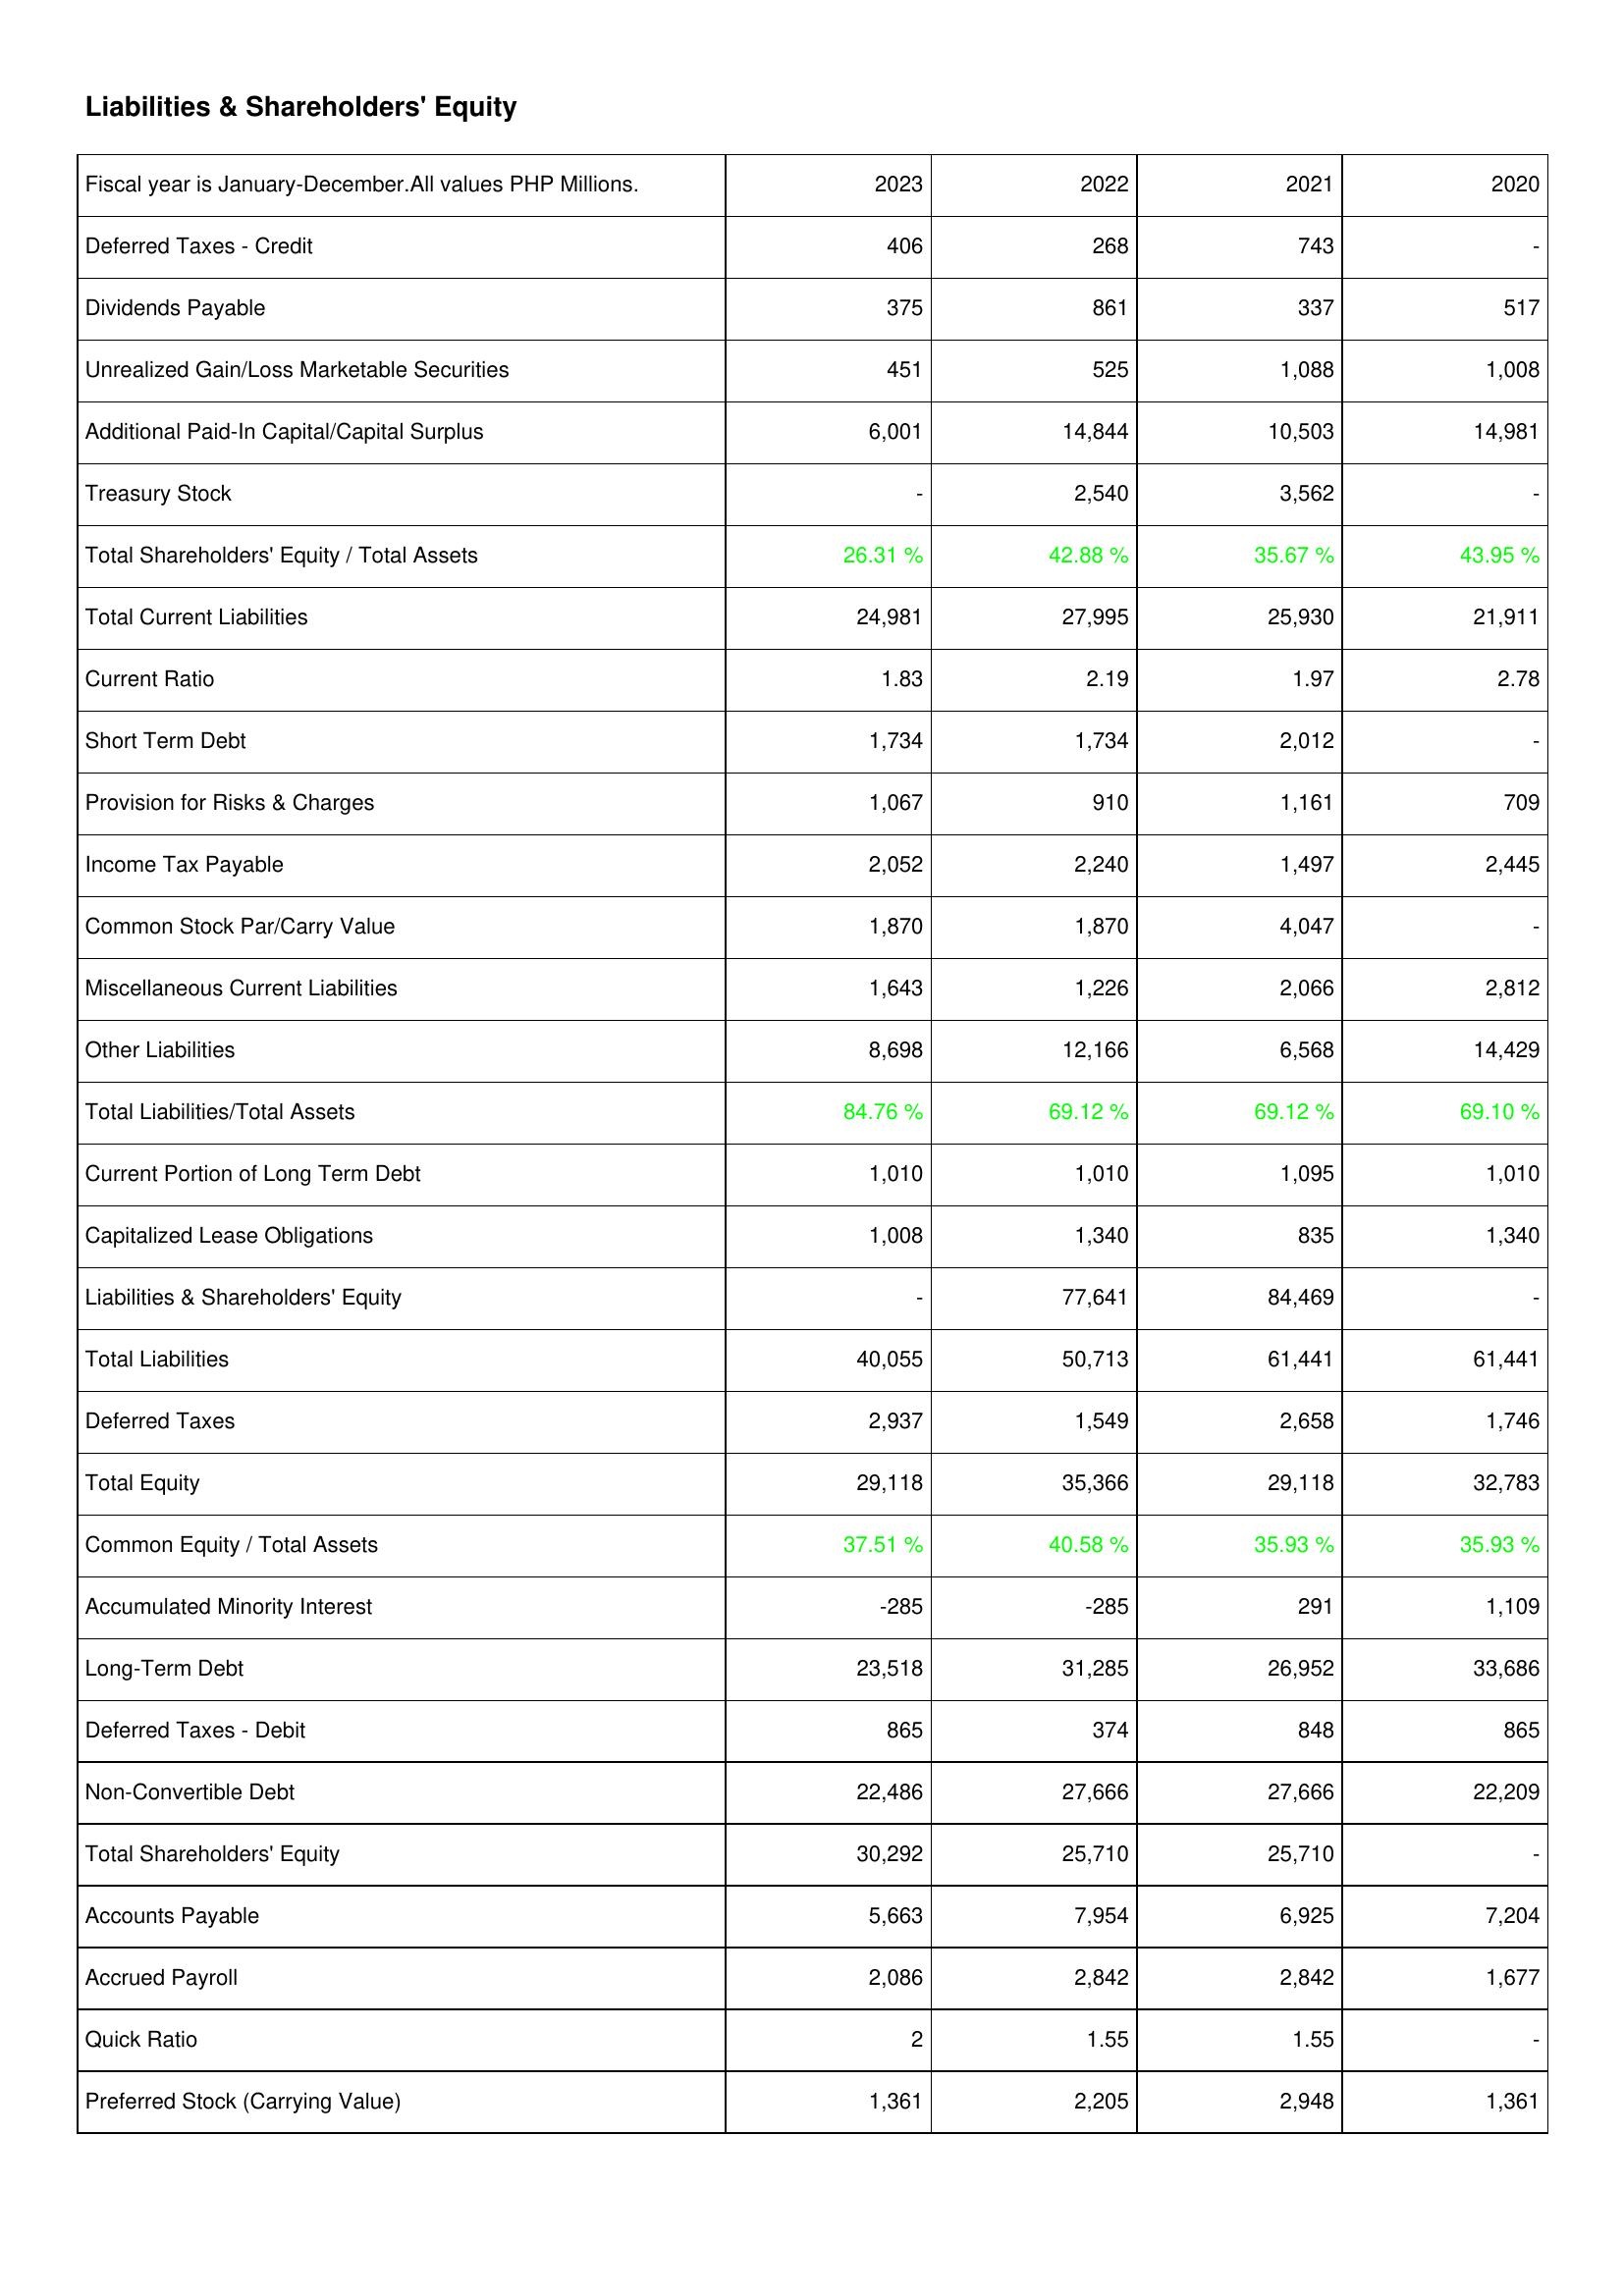
2023: Liabilities & Shareholders' Equity: Deferred Taxes - Credit: 406
Dividends Payable: 375
Unrealized Gain/Loss Marketable Securities: 451
Additional Paid-In Capital/Capital Surplus: 6,001
Treasury Stock: -
Total Shareholders' Equity / Total Assets: 26.31 %
Total Current Liabilities: 24,981
Current Ratio: 1.83
Short Term Debt: 1,734
Provision for Risks & Charges: 1,067
Income Tax Payable: 2,052
Common Stock Par/Carry Value: 1,870
Miscellaneous Current Liabilities: 1,643
Other Liabilities: 8,698
Total Liabilities/Total Assets: 84.76 %
Current Portion of Long Term Debt: 1,010
Capitalized Lease Obligations: 1,008
Liabilities & Shareholders' Equity: -
Total Liabilities: 40,055
Deferred Taxes: 2,937
Total Equity: 29,118
Common Equity / Total Assets: 37.51 %
Accumulated Minority Interest: -285
Long-Term Debt: 23,518
Deferred Taxes - Debit: 865
Non-Convertible Debt: 22,486
Total Shareholders' Equity: 30,292
Accounts Payable: 5,663
Accrued Payroll: 2,086
Quick Ratio: 2
Preferred Stock (Carrying Value): 1,361
2022: Liabilities & Shareholders' Equity: Deferred Taxes - Credit: 268
Dividends Payable: 861
Unrealized Gain/Loss Marketable Securities: 525
Additional Paid-In Capital/Capital Surplus: 14,844
Treasury Stock: 2,540
Total Shareholders' Equity / Total Assets: 42.88 %
Total Current Liabilities: 27,995
Current Ratio: 2.19
Short Term Debt: 1,734
Provision for Risks & Charges: 910
Income Tax Payable: 2,240
Common Stock Par/Carry Value: 1,870
Miscellaneous Current Liabilities: 1,226
Other Liabilities: 12,166
Total Liabilities/Total Assets: 69.12 %
Current Portion of Long Term Debt: 1,010
Capitalized Lease Obligations: 1,340
Liabilities & Shareholders' Equity: 77,641
Total Liabilities: 50,713
Deferred Taxes: 1,549
Total Equity: 35,366
Common Equity / Total Assets: 40.58 %
Accumulated Minority Interest: -285
Long-Term Debt: 31,285
Deferred Taxes - Debit: 374
Non-Convertible Debt: 27,666
Total Shareholders' Equity: 25,710
Accounts Payable: 7,954
Accrued Payroll: 2,842
Quick Ratio: 1.55
Preferred Stock (Carrying Value): 2,205
2021: Liabilities & Shareholders' Equity: Deferred Taxes - Credit: 743
Dividends Payable: 337
Unrealized Gain/Loss Marketable Securities: 1,088
Additional Paid-In Capital/Capital Surplus: 10,503
Treasury Stock: 3,562
Total Shareholders' Equity / Total Assets: 35.67 %
Total Current Liabilities: 25,930
Current Ratio: 1.97
Short Term Debt: 2,012
Provision for Risks & Charges: 1,161
Income Tax Payable: 1,497
Common Stock Par/Carry Value: 4,047
Miscellaneous Current Liabilities: 2,066
Other Liabilities: 6,568
Total Liabilities/Total Assets: 69.12 %
Current Portion of Long Term Debt: 1,095
Capitalized Lease Obligations: 835
Liabilities & Shareholders' Equity: 84,469
Total Liabilities: 61,441
Deferred Taxes: 2,658
Total Equity: 29,118
Common Equity / Total Assets: 35.93 %
Accumulated Minority Interest: 291
Long-Term Debt: 26,952
Deferred Taxes - Debit: 848
Non-Convertible Debt: 27,666
Total Shareholders' Equity: 25,710
Accounts Payable: 6,925
Accrued Payroll: 2,842
Quick Ratio: 1.55
Preferred Stock (Carrying Value): 2,948
2020: Liabilities & Shareholders' Equity: Deferred Taxes - Credit: -
Dividends Payable: 517
Unrealized Gain/Loss Marketable Securities: 1,008
Additional Paid-In Capital/Capital Surplus: 14,981
Treasury Stock: -
Total Shareholders' Equity / Total Assets: 43.95 %
Total Current Liabilities: 21,911
Current Ratio: 2.78
Short Term Debt: -
Provision for Risks & Charges: 709
Income Tax Payable: 2,445
Common Stock Par/Carry Value: -
Miscellaneous Current Liabilities: 2,812
Other Liabilities: 14,429
Total Liabilities/Total Assets: 69.10 %
Current Portion of Long Term Debt: 1,010
Capitalized Lease Obligations: 1,340
Liabilities & Shareholders' Equity: -
Total Liabilities: 61,441
Deferred Taxes: 1,746
Total Equity: 32,783
Common Equity / Total Assets: 35.93 %
Accumulated Minority Interest: 1,109
Long-Term Debt: 33,686
Deferred Taxes - Debit: 865
Non-Convertible Debt: 22,209
Total Shareholders' Equity: -
Accounts Payable: 7,204
Accrued Payroll: 1,677
Quick Ratio: -
Preferred Stock (Carrying Value): 1,361